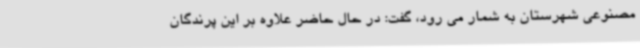
مصنوعی شهرستان به شمار می رود، گفت: در حال حاضر علاوه بر این پرندگان